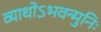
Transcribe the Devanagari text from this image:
व्याधोऽभवन्मुनिः